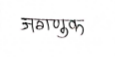
मजकूर: जगणुक